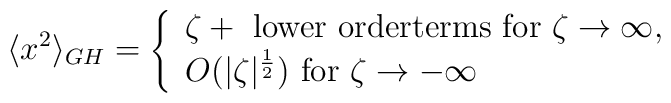
\langle x^2\rangle_{GH} = \left\{ \begin{array}{l}\zeta + \mbox{ lower orderterms for }\zeta \to \infty,\\O(|\zeta|^{\frac12}) \mbox{ for } \zeta \to -\infty \end{array} \right.